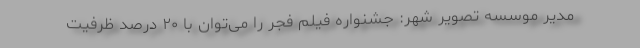
مدیر موسسه تصویر شهر: جشنواره فیلم فجر را می‌توان با ۲۰ درصد ظرفیت